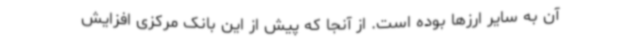
آن به سایر ارزها بوده است. از آنجا که پیش از این بانک مرکزی افزایش